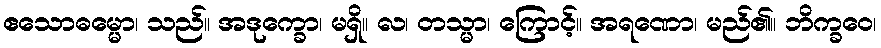
ဧသောဓမ္မော၊ သည်။ အဒုက္ခော၊ မရှိ။ လ၊ တသ္မာ၊ ကြောင့်။ အရဏော၊ မည်၏။ ဘိက္ခဝေ၊